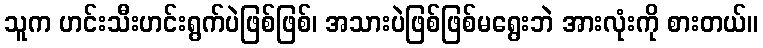
သူက ဟင်းသီးဟင်းရွက်ပဲဖြစ်ဖြစ်၊ အသားပဲဖြစ်ဖြစ်မရွေးဘဲ အားလုံးကို စားတယ်။